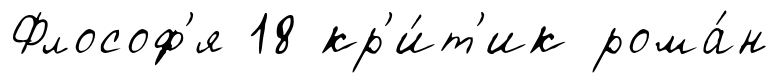
Флософ'я 18 кр'и́т'ик рома́н